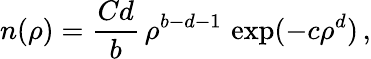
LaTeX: n(\rho)=\frac{Cd}{b}\, \rho^{b-d-1}\, \exp(-c\rho^{d})\, ,